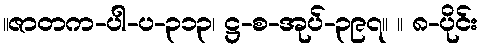
။ဇာတက-ပါ-ပ-၃၁၃၊ ဋ္ဌ-စ-အုပ်-၃၉၇။ ။ ၈-ပိုင်း